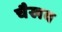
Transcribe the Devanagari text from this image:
चैखव